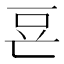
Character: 䜳